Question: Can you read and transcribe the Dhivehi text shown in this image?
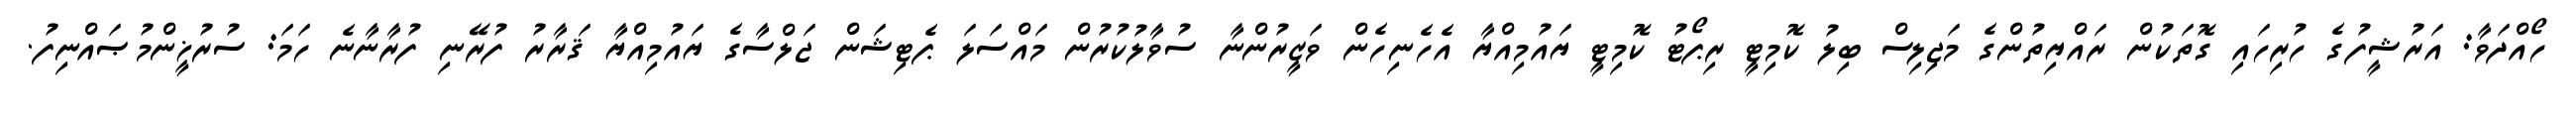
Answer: ހޯއްދަވާ: އަރުޝީފުގެ ހުރިހައި ގޮތަކުން ރައްޔިތުންގެ މަޖިލިސް ބިލު ކޮމިޓީ ރިޕޯޓު ކޮމިޓީ ޔައުމިއްޔާ އެހެނިހެން ވަޒީރުންނާ ސުވާލުކުރުން މައްސަލަ ޕެޓިޝަން ޖަލްސާގެ ޔައުމިއްޔާ ޤަރާރު ފުރޭނި ފުރާނާނެ ހަމަ: ސުރުޚީންމުޞައްނިފު.